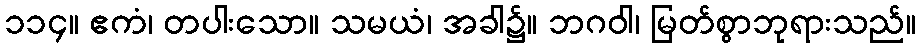
၁၁၄။ ဧကံ၊ တပါးသော။ သမယံ၊ အခါ၌။ ဘဂဝါ၊ မြတ်စွာဘုရားသည်။